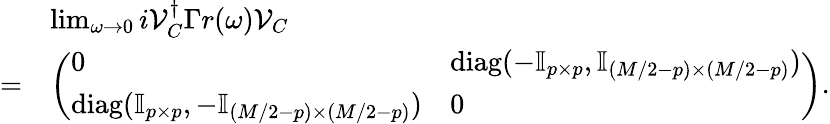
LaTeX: \begin{array}{rl}&{\operatorname*{lim}_{\omega\rightarrow 0}i\mathcal{V}_{C}^{\dagger}\Gamma r(\omega)\mathcal{V}_{C}}\\ {=}&{\left(\begin{array}{ll}{0}&{\mathrm{diag}(-\mathbb{I}_{p\times p},\mathbb{I}_{(M/2-p)\times(M/2-p)})}\\ {\mathrm{diag}(\mathbb{I}_{p\times p},-\mathbb{I}_{(M/2-p)\times(M/2-p)})}&{0}\end{array}\right).}\end{array}